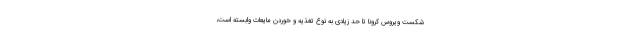
شکست ویروس کرونا تا حد زیادی به نوع تغذیه و خوردن مایعات وابسته است،